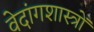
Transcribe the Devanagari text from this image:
वेदांगशास्त्रों